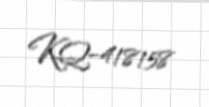
KQ-418158